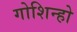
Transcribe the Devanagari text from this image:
गोशिन्हो